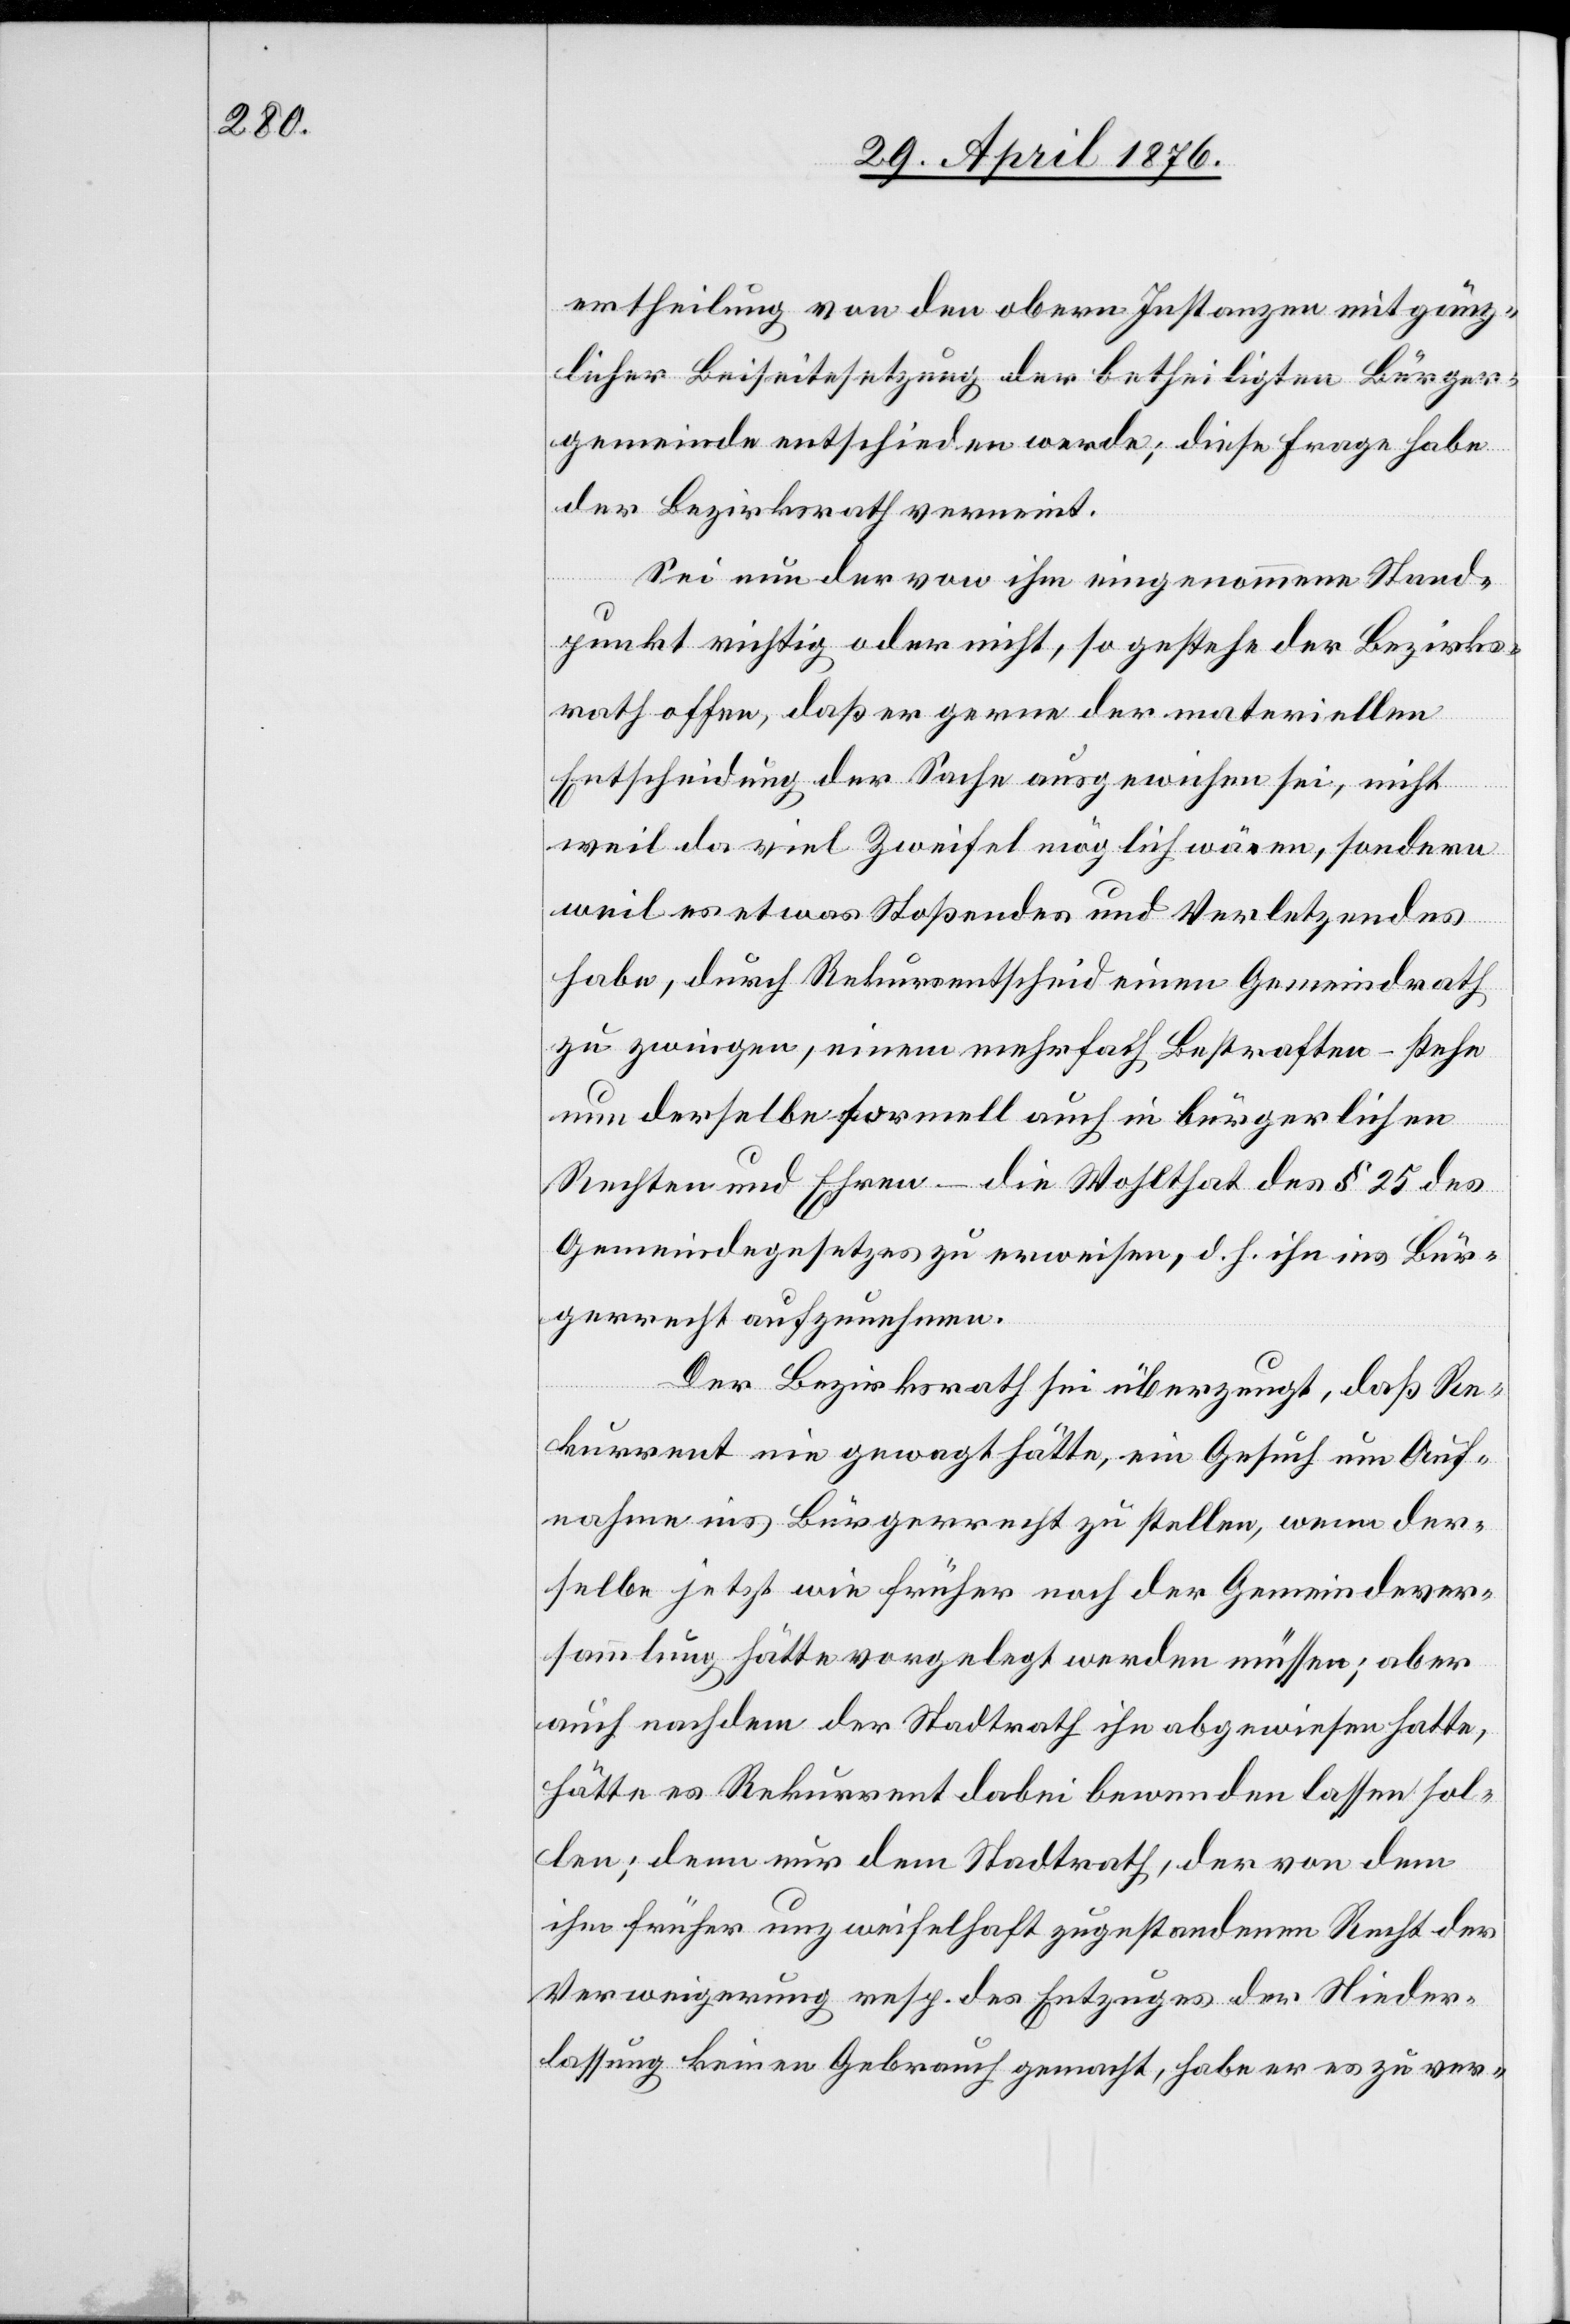
ertheilung von den obern Instanzen mit gänz¬
licher Beiseitesetzung der betheiligten Bürger¬
gemeinde entschieden werde; diese Frage habe
der Bezirksrath verneint.
Sei nun der von ihm eingenommene Stand¬
punkt richtig oder nicht, so gestehe der Bezirks¬
rath offen, daß er gerne der materiellen
Entscheidung der Sache ausgewichen sei, nicht
weil da viel Zweifel möglich wären, sondern
weil es etwas Stoßendes und Verletzendes
habe, durch Rekursentscheid einen Gemeindrath
zu zwingen, einem mehrfach Bestraften – stehe
nun derselbe formell auch in bürgerlichen
Rechten und Ehren – die Wohlthat des § 25 des
Gemeindegesetzes zu erweisen, d. h. ihn ins Bür¬
gerrecht aufzunehmen.
Der Bezirksrath sei überzeugt, daß Re¬
kurrent nie gewagt hätte, ein Gesuch um Auf¬
nahme ins Bürgerrecht zu stellen, wenn der¬
selbe jetzt wie früher noch der Gemeindever¬
sammlung hätte vorgelegt werden müssen; aber
auch nachdem der Stadtrath ihn abgewiesen hatte,
hätte es Rekurrent dabei bewenden lassen sol¬
len; denn nur dem Stadtrath, der von dem
ihm früher unzweifelhaft zugestanden Recht der
Verweigerung resp. des Entzuges der Nieder¬
lassung keinen Gebrauch gemacht, habe er es zu ver-